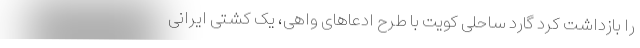
را بازداشت کرد گارد ساحلی کویت با طرح ادعاهای واهی، یک کشتی ایرانی